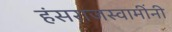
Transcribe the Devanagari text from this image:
हंसराजस्वामींनी